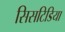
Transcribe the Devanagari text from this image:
सिसटिडिया